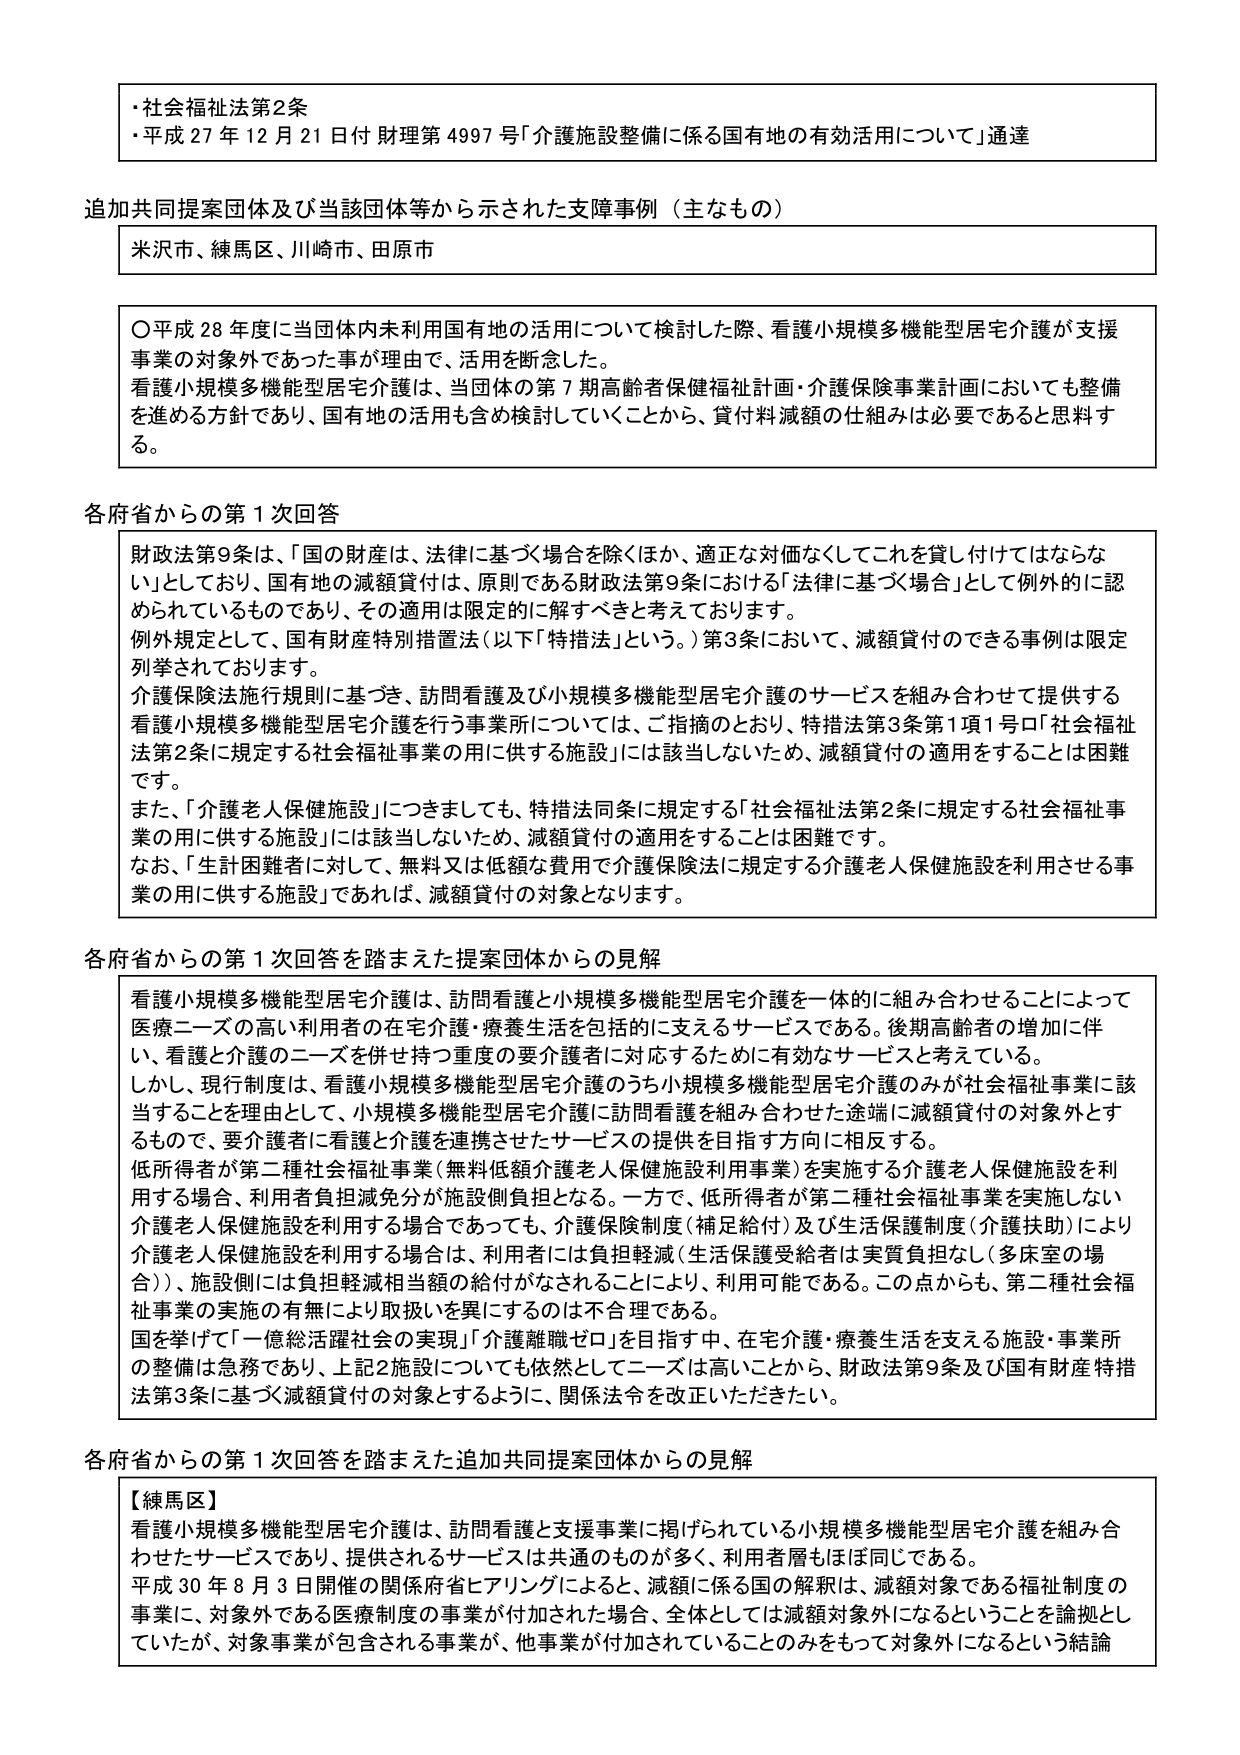
・社会福祉法第2条
・平成27年12月21日付 財理第4997号「介護施設整備に係る国有地の有効活用について」通達

追加共同提案団体及び当該団体等から示された支援事例（主なもの）
米沢市、練馬区、川崎市、田原市

〇平成28年度に当団体内未利用国有地の活用について検討した際、看護小規模多機能型居宅介護が支援事業の対象外であった事が理由で、活用を断念した。
看護小規模多機能型居宅介護は、当団体の第7期高齢者保健福祉計画・介護保険事業計画においても整備を進める方針であり、国有地の活用も含め検討していくことから、貸付料減額の仕組みは必要であると思料する。

各府省からの第1次回答
財政法第9条は、「国の財産は、法律に基づく場合を除くほか、適正な対価なくしてこれを貸し付けてはならない」としており、国有地の減額貸付は、原則である財政法第9条における「法律に基づく場合」として例外的に認められているものであり、その適用は限定的に解すべきと考えております。
例外規定として、国有財産特別措置法（以下「特措法」という。）第3条において、減額貸付のできる事例は限定列挙されております。
介護保険法施行規則に基づき、訪問看護及び小規模多機能型居宅介護のサービスを組み合わせて提供する看護小規模多機能型居宅介護を行う事業所については、ご指摘のとおり、特措法第3条第1項1号ロ「社会福祉法第2条に規定する社会福祉事業の用に供する施設」には該当しないため、減額貸付の適用をすることは困難です。
また、「介護老人保健施設」につきましても、特措法同条に規定する「社会福祉法第2条に規定する社会福祉事業の用に供する施設」には該当しないため、減額貸付の適用をすることは困難です。
なお、「生活困難者に対して、無料又は低額な費用で介護保険法に規定する介護老人保健施設を利用させる事業の用に供する施設」であれば、減額貸付の対象となります。

各府省からの第1次回答を踏まえた提案団体からの見解
看護小規模多機能型居宅介護は、訪問看護と小規模多機能型居宅介護を一体的に組み合わせることによって医療ニーズの高い利用者の在宅介護・療養生活を包括的に支えるサービスである。後期高齢者の増加に伴い、看護と介護のニーズを併せ持つ重度の要介護者に対応するために有効なサービスと考えている。
しかし、現行制度は、看護小規模多機能型居宅介護のうち小規模多機能型居宅介護のみが社会福祉事業に該当することを理由として、小規模多機能型居宅介護に訪問看護を組み合わせた途端に減額貸付の対象外とするもので、要介護者に看護と介護を連携させたサービスの提供を目指す方向に相反する。
低所得者が第二種社会福祉事業（無料低額介護老人保健施設利用事業）を実施する介護老人保健施設を利用する場合、利用者負担減免分が施設側負担となる。一方で、低所得者が第二種社会福祉事業を実施しない介護老人保健施設を利用する場合であっても、介護保険制度（補足給付）及び生活保護制度（介護扶助）により介護老人保健施設を利用する場合は、利用者には負担軽減（生活保護受給者は実質負担なし（多床室の場合））、施設側には負担軽減相当額の給付がなされることにより、利用可能である。この点からも、第二種社会福祉事業の実施の有無により取扱いを異にするのは不合理である。
国を挙げて「一億総活躍社会の実現」「介護離職ゼロ」を目指す中、在宅介護・療養生活を支える施設・事業所の整備は急務であり、上記2施設についても依然としてニーズは高いことから、財政法第9条及び国有財産特措法第3条に基づく減額貸付の対象とするように、関係法令を改正いただきたい。

各府省からの第1次回答を踏まえた追加共同提案団体からの見解
【練馬区】
看護小規模多機能型居宅介護は、訪問看護と支援事業に掲げられている小規模多機能型居宅介護を組み合わせたサービスであり、提供されるサービスは共通のものが多く、利用者層もほぼ同じである。
平成30年8月3日開催の関係府省ヒアリングによると、減額に係る国の解釈は、減額対象である福祉制度の事業に、対象外である医療制度の事業が付加された場合、全体としては減額対象外になるということを論拠としていたが、対象事業が包含される事業が、他事業が付加されていることのみをもって対象外になるという結論